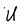
Character: U